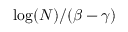
\log ( N ) / ( \beta - \gamma )